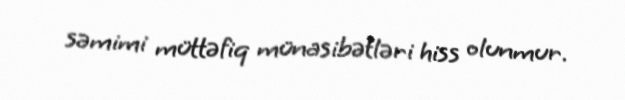
səmimi müttəfiq münasibətləri hiss olunmur.